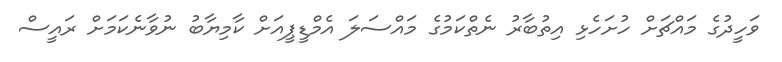
ވަހީދުގެ މައްޗަށް ހުށަހެޅި އިތުބާރު ނެތްކަމުގެ މައްސަލަ އެމްޑީޕީއަށް ކާމިޔާބު ނުވާނެކަމަށް ރައީސް